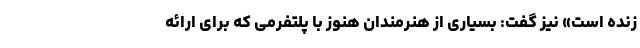
زنده است» نیز گفت: بسیاری از هنرمندان هنوز با پلتفرمی که برای ارائه